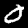
Label: 0